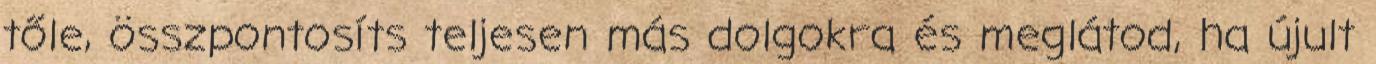
tőle, összpontosíts teljesen más dolgokra és meglátod, ha újult